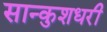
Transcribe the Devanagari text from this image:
सान्कुशधरी